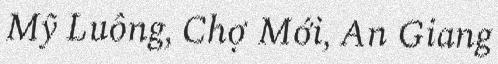
Mỹ Luông, Chợ Mới, An Giang